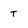
Character: t